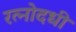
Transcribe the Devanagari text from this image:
रत्नोदधी